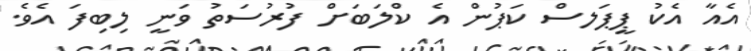
އެއާ އެކު ޕީޕަލސް ކަޕުން އެ ކްލަބަށް ފުރުސަތު ވަނީ ލިބިފަ އެވެ.